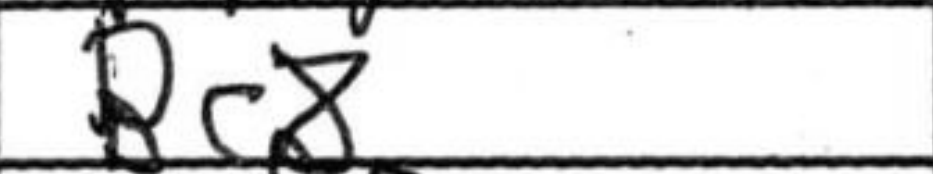
Transcription: Bc8